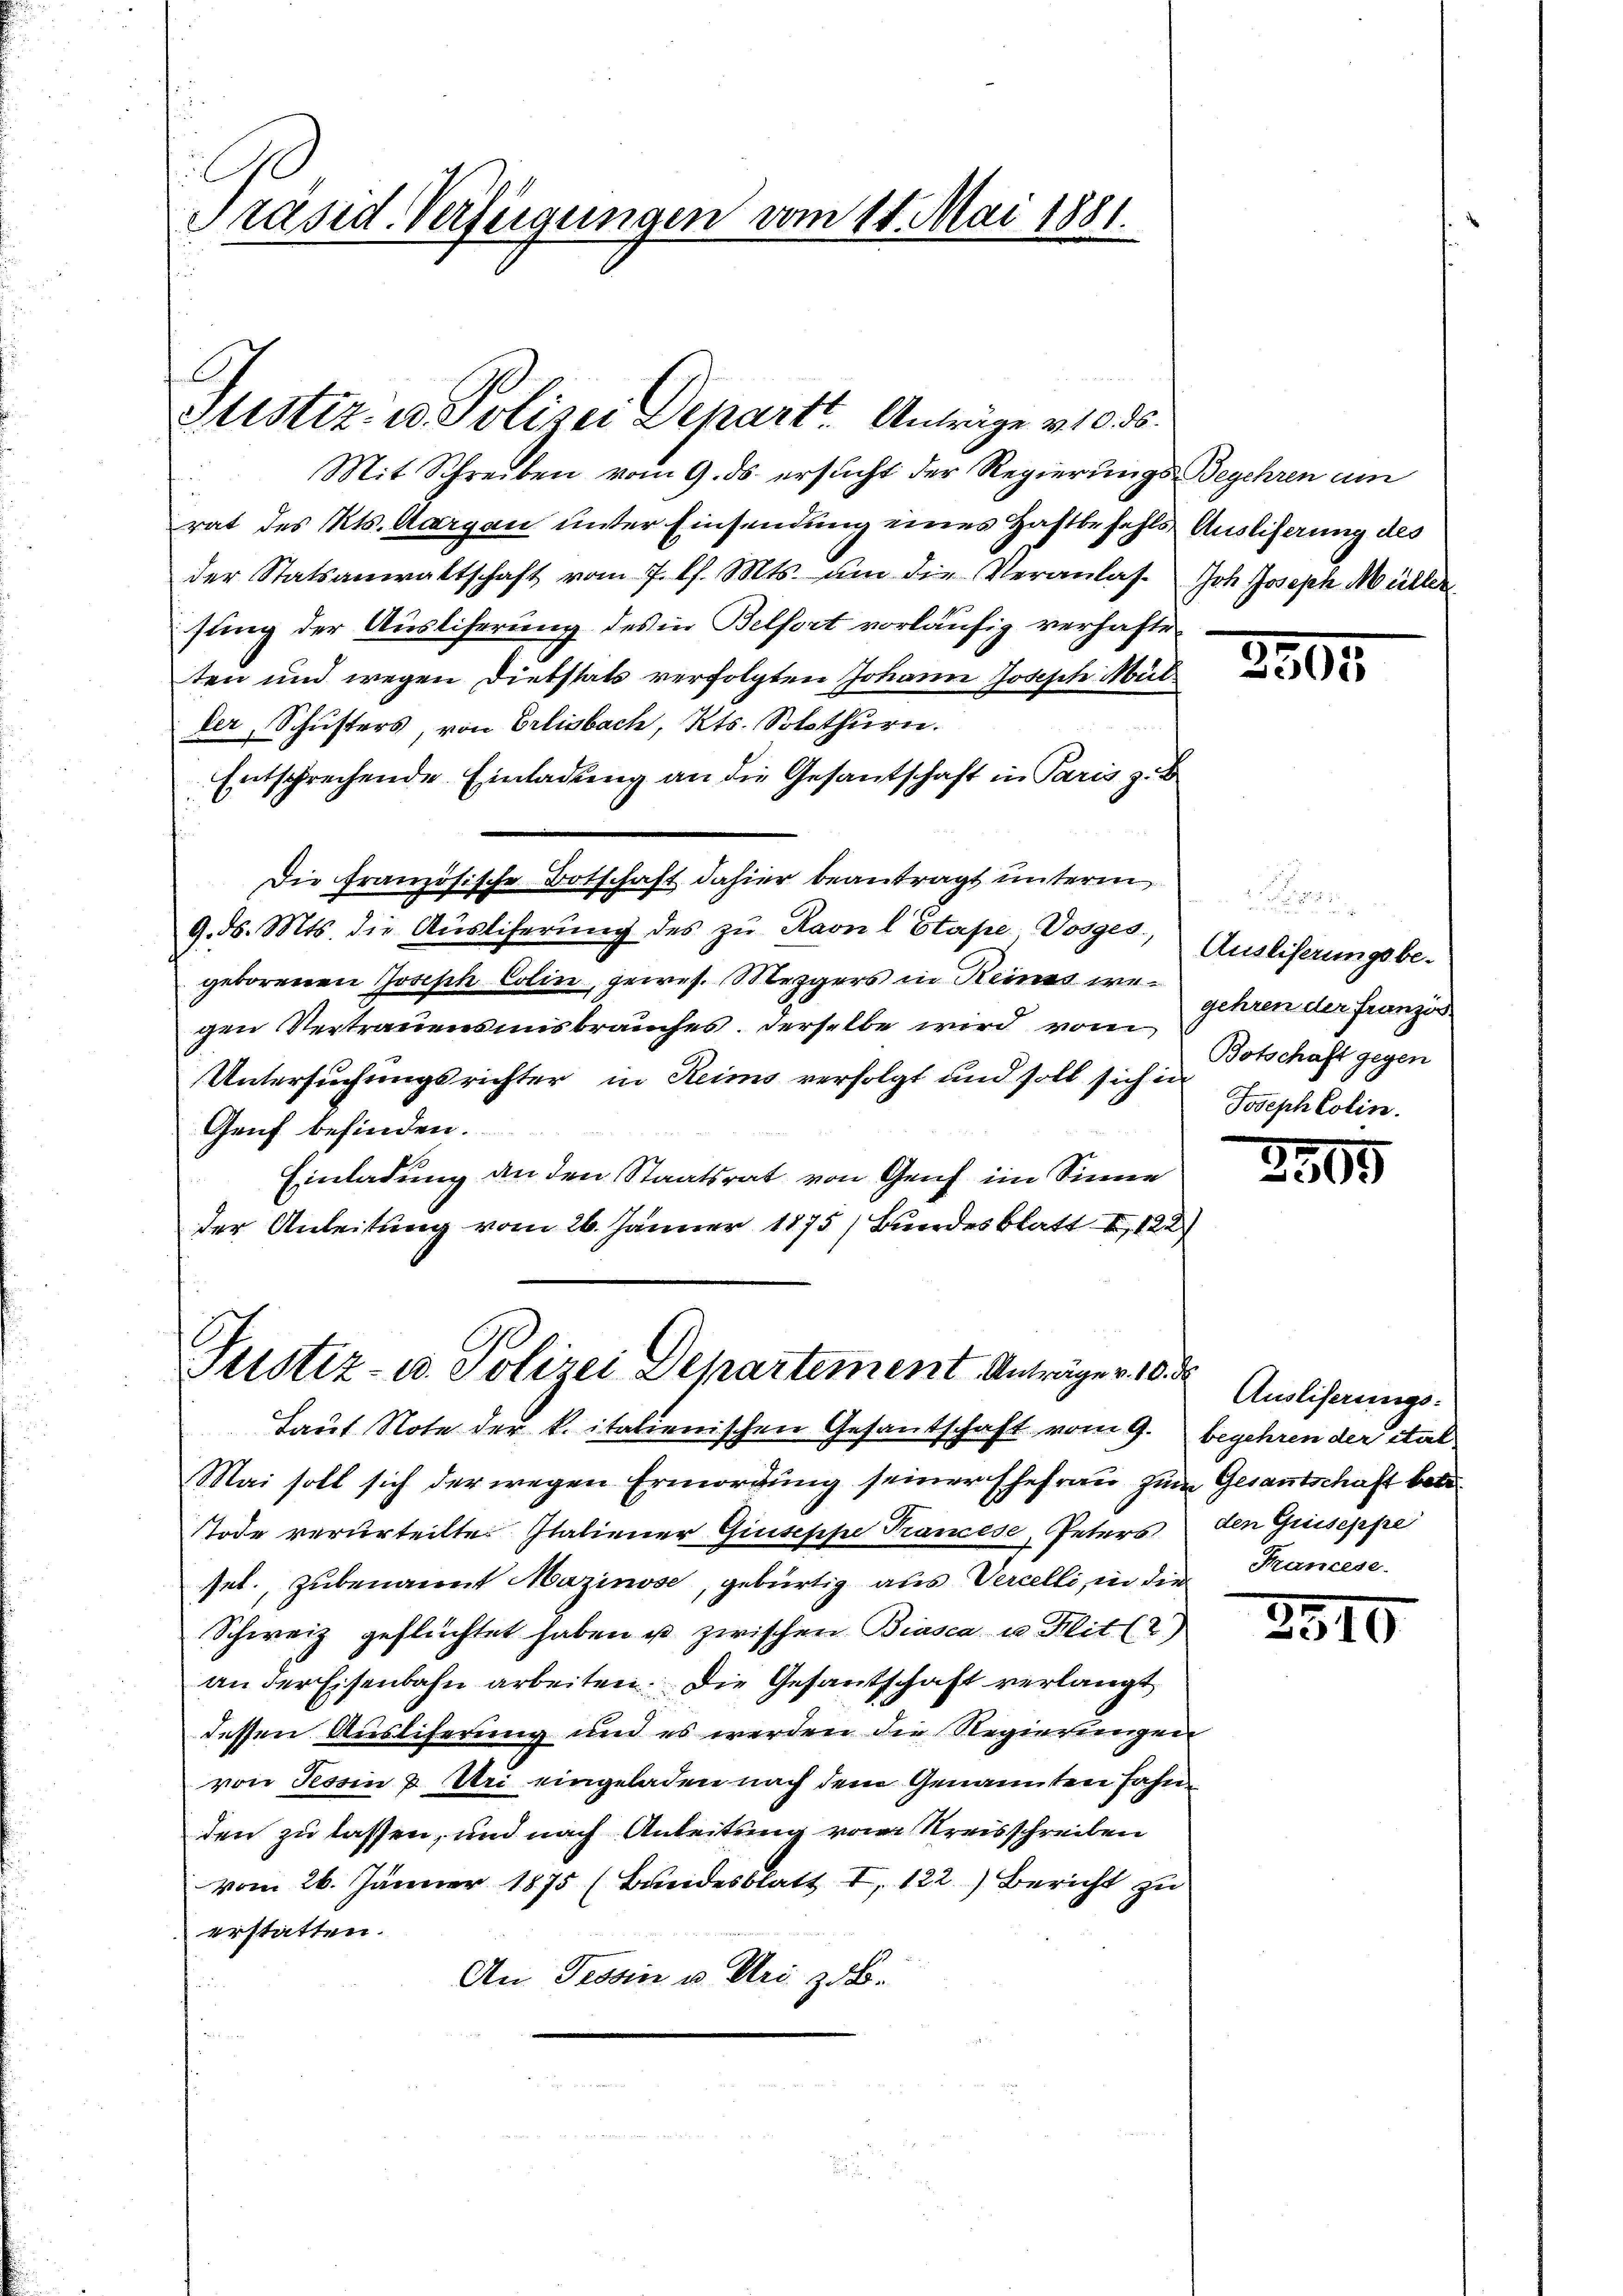
Präsid. Verfügungen vom 11. Mai 1881.

Stistiz- u. Polizei Depart. Anträge v. 10. ds.

Mit Schreiben vom 9. ds. ersucht der Regierungs-Begehren um
rat des Kts. Aargau unter Einsendung eines Haftbefehls Ausliserung des
der Statsanwaltschaft vom 7. l. Mts. um die Veranlas- Joh. Joseph Müller
sung der Auslieferung des in Belfort vorläufig verhafteten und wegen Diebstats verfolgten Johann Joseph Mülder, Schŭsters, von Erlisbach, Kts. Solothurn.
Entsprechende Einladung an die Gesantschaft in Paris z. B
Die Französische Botschaft dahier beantragt unterm
9. ds. Mts. die Aŭsliherŭng des zŭ Ravn l Stape Vorges, Auslieferungsbe-
geborenen Joseph Colin, gewes. Mezgers in Reines wegen Vertrauensmisbrauches. Derselbe wird vom
Untersuchungsrichter in Reims verfolgt und soll sich in
Genf befinden.
Einladung an den Staatsrat von Genf im Sinne
der Anleitung vom 26. Jänner 1875, Bundesblatt II 122

Laut Note der k. italienischen Gesantschaft vom 9. begehren der ital¬

Justiz- u. Polizei Departement Anträge v. 10. d.

Mai soll sich der wegen Ermordung seiner Ehefrau zum Gesantschaft betr¬
Tode verurteilte Italiener Giuseppe Trancese, Peters den Greiseppe
sel., zubenannt Mazinose, gebürtig aus Vercelli, in die
Schweiz geflüchtet haben u zwischen Biasca u. Mit (2)
an der Eisenbahn arbeiten. Die Gesandtschaft verlangt,
dessen Ausliferung und es werden die Regierungen
von Tessin u. Uri eingeladen nach dem Genannten Fahn
den zu lassen, und nach Anleitung von Kreisschreiben
vom 26. Jänner 1875 (Bundesblatt I, 122) Bericht zu
erstatten.
An Tessin u. Uri z.B.

3805.

e
gehren der Französ
Botschaft gegen
Joseph Colin.

2509

Ausliferungs-
Francese.

2810